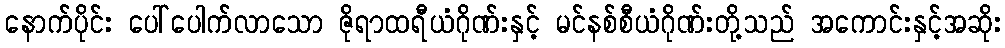
နောက်ပိုင်း ပေါ်ပေါက်လာသော ဇိုရာထရီယံဂိုဏ်းနှင့် မင်နစ်စီယံဂိုဏ်းတို့သည် အကောင်းနှင့်အဆိုး